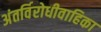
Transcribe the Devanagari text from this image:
अंतर्विरोधीवाहिका